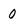
Character: 0